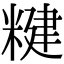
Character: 䊕